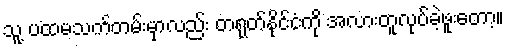
သူ့ ပထမသက်တမ်းမှာလည်း တရုတ်နိုင်ငံကို အလားတူလုပ်ခဲ့ဖူးတော့။